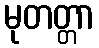
မုတတ္တာ